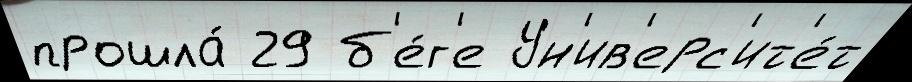
прошла́ 29 б'е́г'е Ун'ив'ерс'ит'е́т